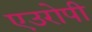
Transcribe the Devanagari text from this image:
एउरोपी